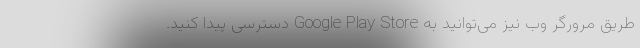
طریق مرورگر وب نیز می‌توانید به Google Play Store دسترسی پیدا کنید.